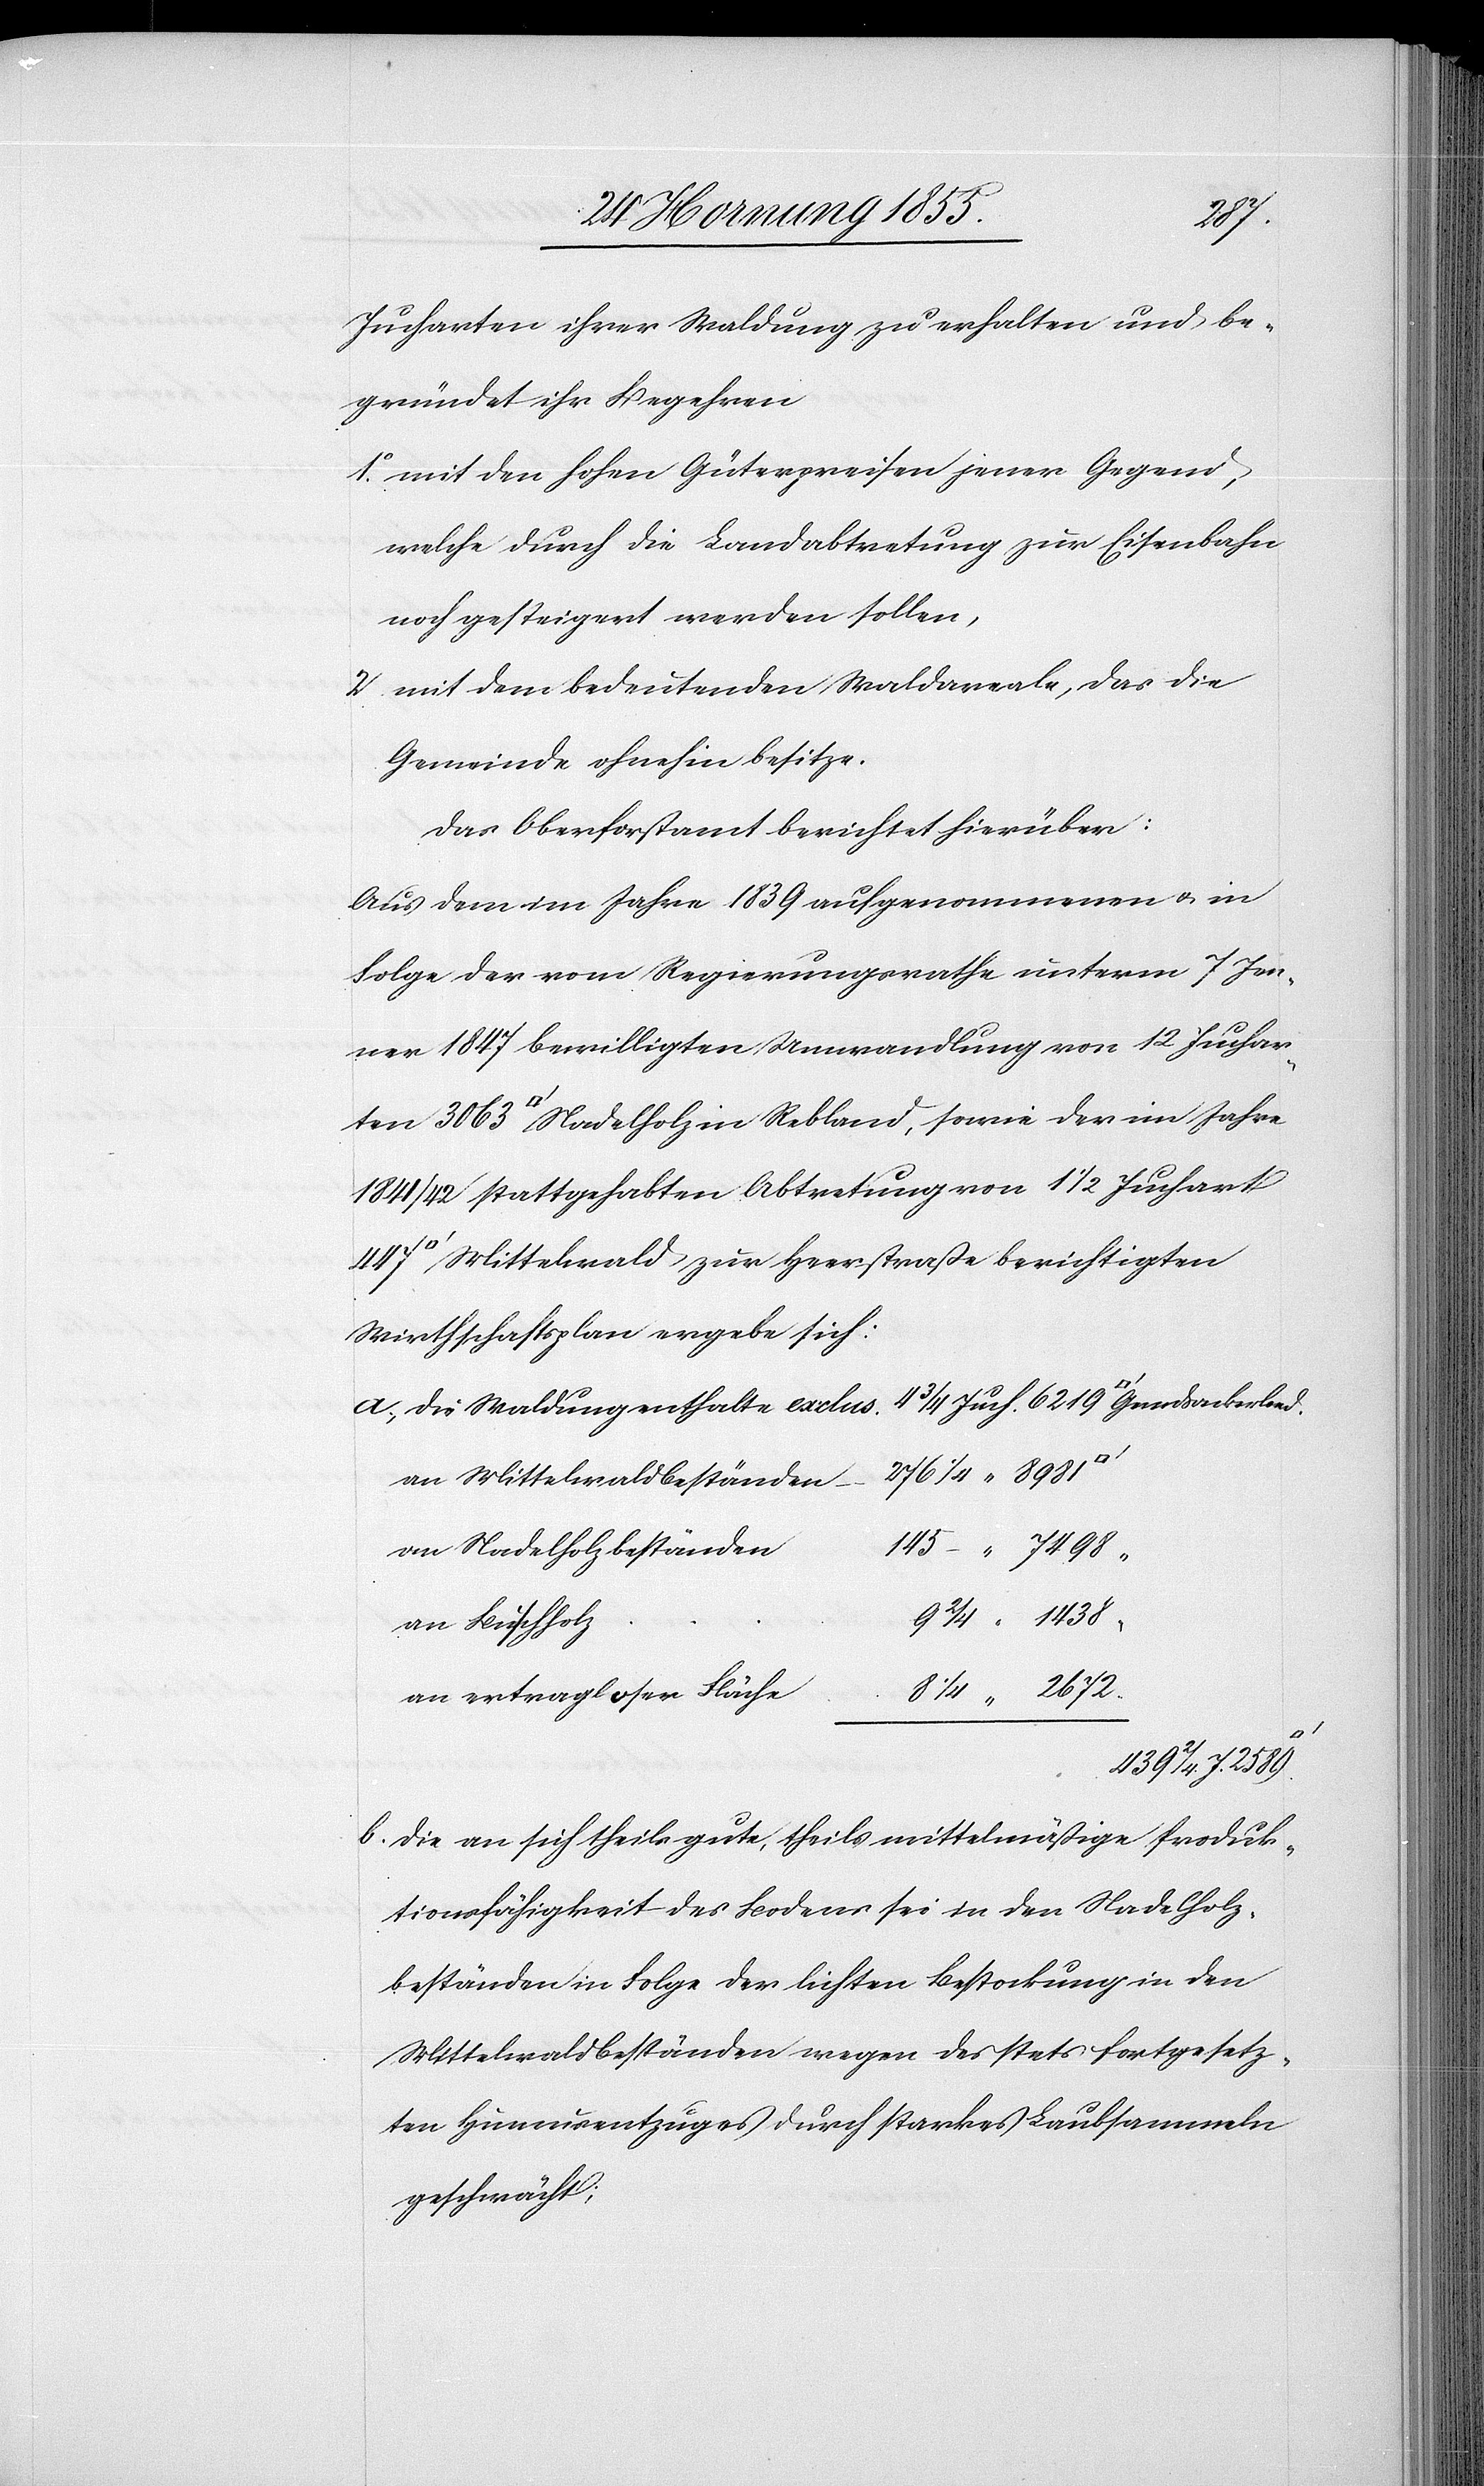
Juch.
Jucharten ihrer Waldung zu erhalten und be¬
gründet ihr Begehren
mit den hohen Güterpreisen jener Gegend,
welche durch die Landabtretung zur Eisenbahn
noch gesteigert werden sollen,
mit dem bedeutenden Waldareale, das die
Gemeinde ohnehin besitze.
Das Oberforstamt berichtet hierüber:
Aus dem im Jahre 1839 aufgenommenen & in
Folge der vom Regierungsrathe unterm 7 Jen¬
ner 1847 bewilligten Umwandlung von 12 Jucharten
1841/42 stattgehabten Abtretung von 1 1/2 Juchart
Mittelwald zur Heerstraße berichtigten
Wirthschaftsplan ergebe sich:
die Waldung enthalte exclus.
276 1/4 “ 8981
an Mittelwaldbeständen
an Nadelholzbeständen
145 – “ 7498
9 2/4 “ 1438
an Buschholz
8 1/4 “ 2672
an ertragloser Fläche
439 2/4.
die an sich theils gute, theils mittelmäßige Produk¬
tionsfähigkeit des Bodens sei in den Nadelholz¬
beständen in Folge der lichten Bestockung in den
Mittelwaldbeständen wegen des stets fortgesetz¬
ten Humusentzuges durch starkes Laubsammeln
geschwächt;